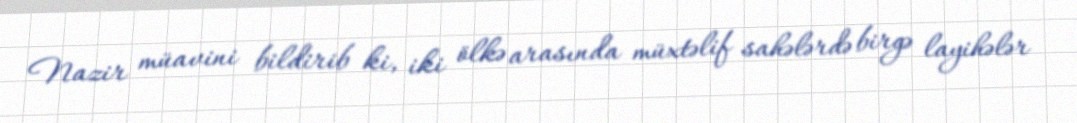
Nazir müavini bildirib ki, iki ölkə arasında müxtəlif sahələrdə birgə layihələr